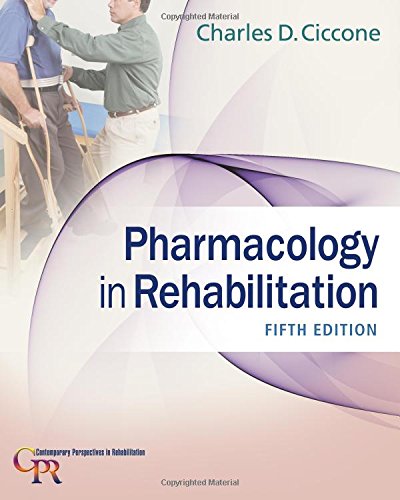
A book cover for Pharmacology in Rehabilitation (Contemporary Perspectives in Rehabilitation); Charles D. Ciccone; Medical Books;